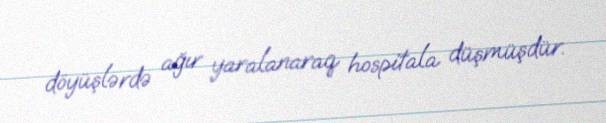
döyüşlərdə ağır yaralanaraq hospitala düşmüşdür.